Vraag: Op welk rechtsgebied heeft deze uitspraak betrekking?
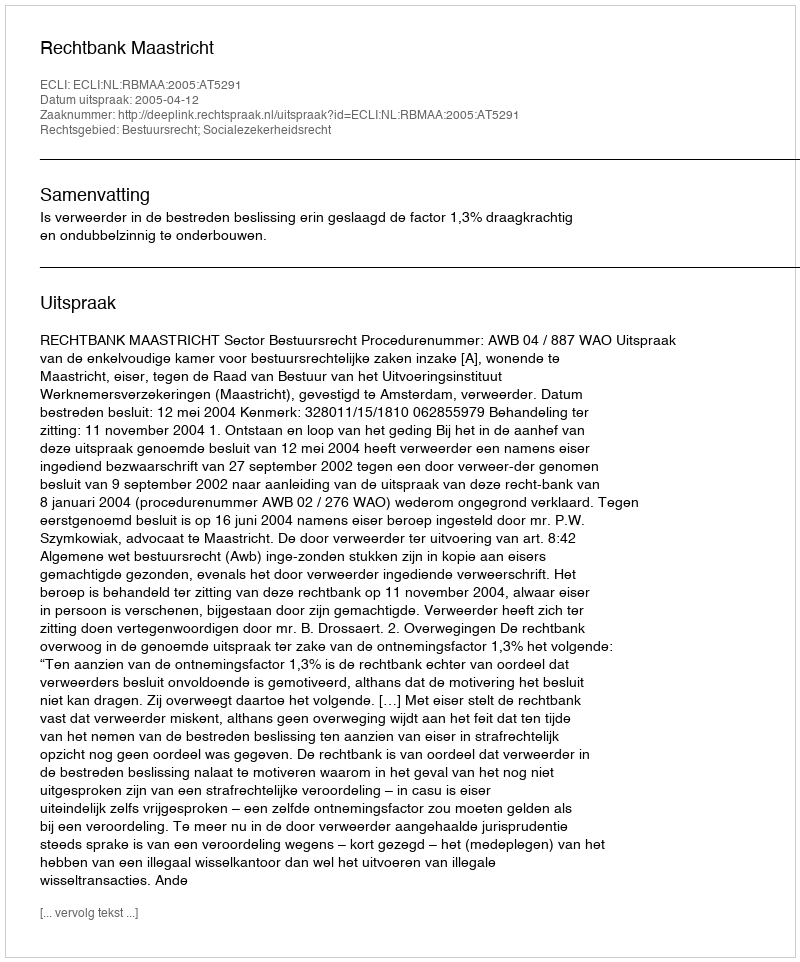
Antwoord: Bestuursrecht; Socialezekerheidsrecht